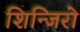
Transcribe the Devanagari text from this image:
शिन्जिरो